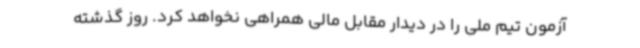
آزمون تیم ملی را در دیدار مقابل مالی همراهی نخواهد کرد. روز گذشته